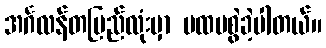
အင်္ဂလန်တပြည်လုံးမှာ ပထမစွဲခဲ့ပါတယ်။